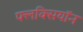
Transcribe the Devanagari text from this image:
फ्लक्सियॉन